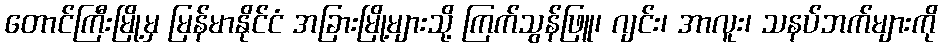
တောင်ကြီးမြို့မှ မြန်မာနိုင်ငံ အခြားမြို့များသို့ ကြက်သွန်ဖြူ၊ ဂျင်း၊ အာလူး၊ သနပ်ဘက်များကို